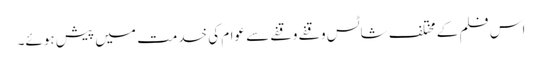
اس فلم کے مختلف شاٹس وقفے وقفے سے عوام کی خدمت میں پیش ہوئے۔